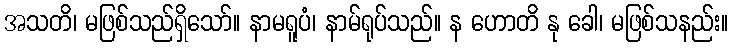
အသတိ၊ မဖြစ်သည်ရှိသော်။ နာမရူပံ၊ နာမ်ရုပ်သည်။ န ဟောတိ နု ခေါ၊ မဖြစ်သနည်း။